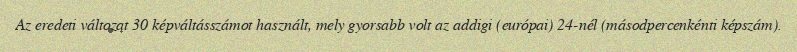
Az eredeti változat 30 képváltásszámot használt, mely gyorsabb volt az addigi (európai) 24-nél (másodpercenkénti képszám).